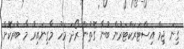
ގިނަ ޖިމް އިސްޓަރަކްޓަރުން ބުނާ ގޮތުން ރޯދަ މަހު މާގިނައިރު މާ ބުރަކޮށް